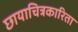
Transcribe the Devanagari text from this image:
छायाचित्रकारिता